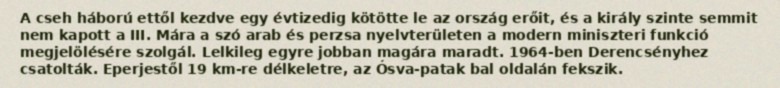
A cseh háború ettől kezdve egy évtizedig kötötte le az ország erőit, és a király szinte semmit nem kapott a III. Mára a szó arab és perzsa nyelvterületen a modern miniszteri funkció megjelölésére szolgál. Lelkileg egyre jobban magára maradt. 1964-ben Derencsényhez csatolták. Eperjestől 19 km-re délkeletre, az Ósva-patak bal oldalán fekszik.